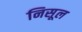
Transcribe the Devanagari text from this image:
निसूल